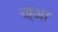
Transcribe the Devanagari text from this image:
ख्आ